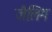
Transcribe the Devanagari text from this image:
जैलिंग